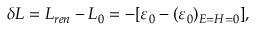
\delta { \cal L } = { \cal L } _ { r e n } - { \cal L } _ { 0 } = - [ \varepsilon _ { 0 } - ( \varepsilon _ { 0 } ) _ { E = H = 0 } ] ,